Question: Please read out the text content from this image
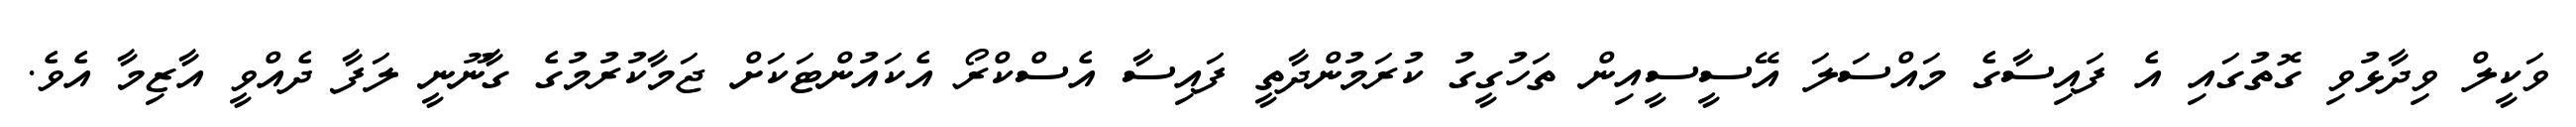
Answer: ވަކީލް ވިދާޅުވި ގޮތުގައި އެ ފައިސާގެ މައްސަލަ އޭސީސީއިން ތަހުގީގު ކުރަމުންދާތީ ފައިސާ އެސްކްރޯ އެކައުންޓަކަށް ޖަމާކުރުމުގެ ގާނޫނީ ލަފާ ދެއްވީ އާޒިމާ އެވެ.